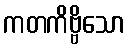
ကတကိဗ္ဗိသော